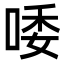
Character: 唩